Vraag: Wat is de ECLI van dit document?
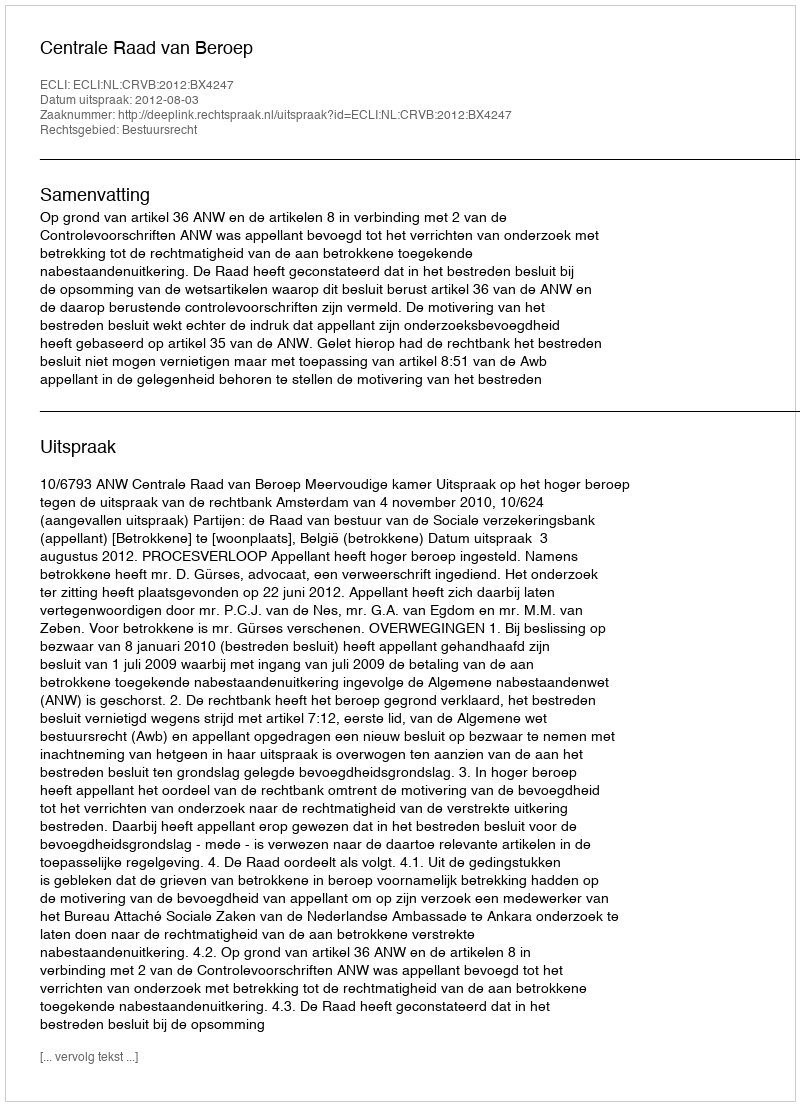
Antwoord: ECLI:NL:CRVB:2012:BX4247